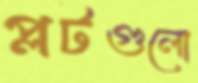
প্লটগুলো